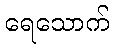
ရေသောက်